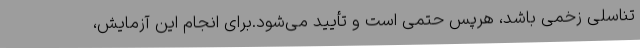
تناسلی زخمی باشد، هرپس حتمی است و تأیید می‌شود.برای انجام این آزمایش،